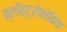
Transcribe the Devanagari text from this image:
क्लॉस्ट्रोफोबिया